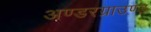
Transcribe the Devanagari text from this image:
अण्डरग्राउण्ड